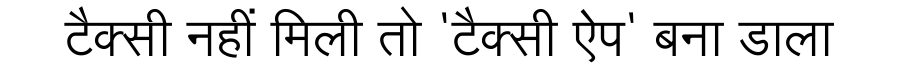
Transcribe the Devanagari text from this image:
टैक्सी नहीं मिली तो 'टैक्सी ऐप' बना डाला